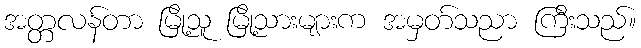
အတ္တလန်တာ မြို့သူ မြို့သားများက အမှတ်သညာ ကြီးသည်။